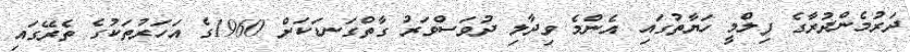
ދަރުމެންދުރާގެ ފިލްމީ ހަޔާތުގައި އެންމެ ވިދާލި ދުވަސްވަރު ގާތްގަނޑަކަށް 1960ގެ އަހަރުތަކުގެ ތެރޭގައި